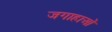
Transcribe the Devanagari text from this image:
जगाहाओं